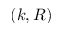
( k , R )